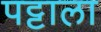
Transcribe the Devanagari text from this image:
पट्टाला